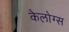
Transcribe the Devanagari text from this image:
केलोग्स